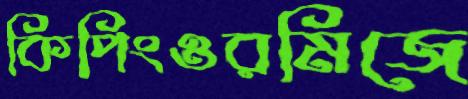
কিপিংওরমিজে